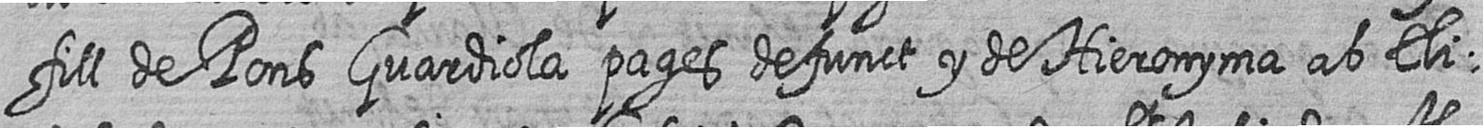
fill de Pons Guardiola pages defunct y de Hieronyma ab Eli=